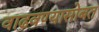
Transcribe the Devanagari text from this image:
वाढवण्यासोबत